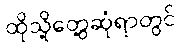
ထိုသို့တွေ့ဆုံရာတွင်